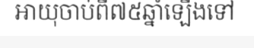
អាយុចាប់ពី៧៥ឆ្នាំឡើងទៅ